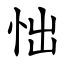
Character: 㤕